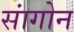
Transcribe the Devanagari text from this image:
सांगोन